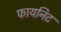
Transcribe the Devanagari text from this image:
फायनिट